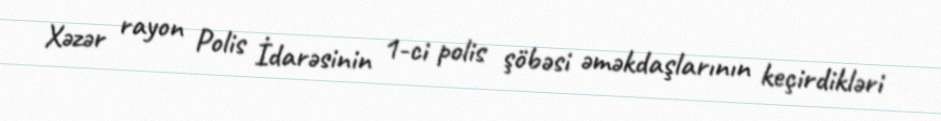
Xəzər rayon Polis İdarəsinin 1-ci polis şöbəsi əməkdaşlarının keçirdikləri